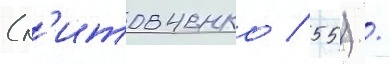
(л'итовченко / 55) /